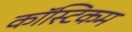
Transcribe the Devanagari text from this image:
कॉस्टिकम